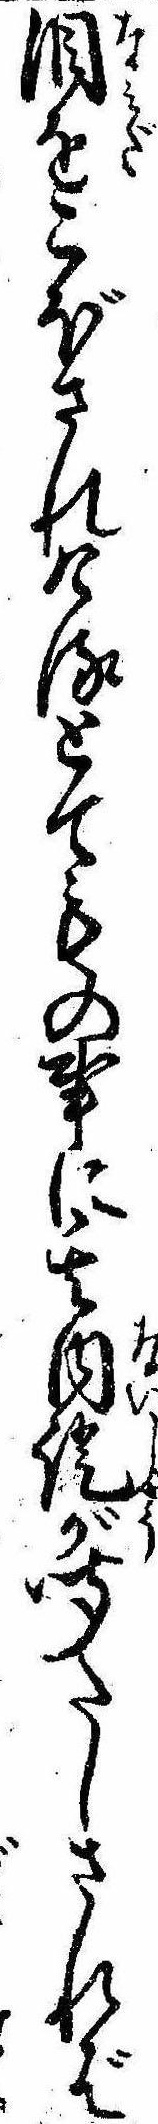
涙をこぼされけるとてもの事に其内証が聞たしされば